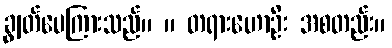
ချွတ်ပေကြားသည်။ ။ တရားဟောဦး အစတည်း။